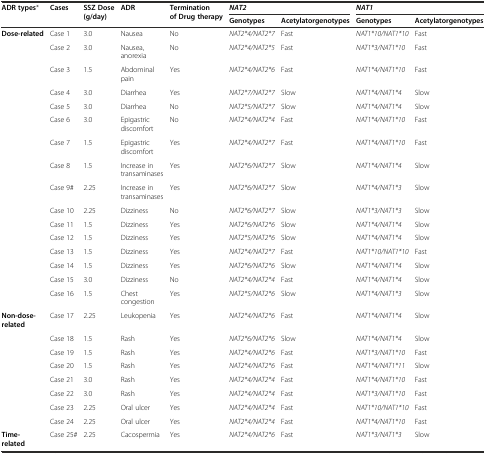
<table><thead><tr><td rowspan="2"><b>ADR types*</b></td><td rowspan="2"><b>Cases</b></td><td rowspan="2"><b>SSZ Dose (g/day)</b></td><td rowspan="2"><b>ADR</b></td><td rowspan="2"><b>Termination of Drug therapy</b></td><td colspan="2"><b><i>NAT2</i></b></td><td colspan="2"><b><i>NAT1</i></b></td></tr><tr><td><b>Genotypes</b></td><td><b>Acetylatorgenotypes</b></td><td><b>Genotypes</b></td><td><b>Acetylatorgenotypes</b></td></tr></thead><tbody><tr><td><b>Dose-related</b></td><td>Case 1</td><td>3.0</td><td>Nausea</td><td>No</td><td><i>NAT2*4/NAT2*7</i></td><td>Fast</td><td><i>NAT1*10/NAT1*10</i></td><td>Fast</td></tr><tr><td></td><td>Case 2</td><td>3.0</td><td>Nausea, anorexia</td><td>No</td><td><i>NAT2*4/NAT2*5</i></td><td>Fast</td><td><i>NAT1*3/NAT1*10</i></td><td>Fast</td></tr><tr><td></td><td>Case 3</td><td>1.5</td><td>Abdominal pain</td><td>Yes</td><td><i>NAT2*4/NAT2*6</i></td><td>Fast</td><td><i>NAT1*4/NAT1*10</i></td><td>Fast</td></tr><tr><td></td><td>Case 4</td><td>3.0</td><td>Diarrhea</td><td>Yes</td><td><i>NAT2*7/NAT2*7</i></td><td>Slow</td><td><i>NAT1*4/NAT1*4</i></td><td>Slow</td></tr><tr><td></td><td>Case 5</td><td>3.0</td><td>Diarrhea</td><td>No</td><td><i>NAT2*5/NAT2*7</i></td><td>Slow</td><td><i>NAT1*4/NAT1*4</i></td><td>Slow</td></tr><tr><td></td><td>Case 6</td><td>3.0</td><td>Epigastric discomfort</td><td>No</td><td><i>NAT2*4/NAT2*4</i></td><td>Fast</td><td><i>NAT1*4/NAT1*10</i></td><td>Fast</td></tr><tr><td></td><td>Case 7</td><td>1.5</td><td>Epigastric discomfort</td><td>Yes</td><td><i>NAT2*4/NAT2*7</i></td><td>Fast</td><td><i>NAT1*4/NAT1*10</i></td><td>Fast</td></tr><tr><td></td><td>Case 8</td><td>1.5</td><td>Increase in transaminases</td><td>Yes</td><td><i>NAT2*6/NAT2*7</i></td><td>Slow</td><td><i>NAT1*4/NAT1*4</i></td><td>Slow</td></tr><tr><td></td><td>Case 9#</td><td>2.25</td><td>Increase in transaminases</td><td>Yes</td><td><i>NAT2*6/NAT2*7</i></td><td>Slow</td><td><i>NAT1*4/NAT1*3</i></td><td>Slow</td></tr><tr><td></td><td>Case 10</td><td>2.25</td><td>Dizziness</td><td>No</td><td><i>NAT2*6/NAT2*7</i></td><td>Slow</td><td><i>NAT1*3/NAT1*3</i></td><td>Slow</td></tr><tr><td></td><td>Case 11</td><td>1.5</td><td>Dizziness</td><td>Yes</td><td><i>NAT2*6/NAT2*6</i></td><td>Slow</td><td><i>NAT1*4/NAT1*4</i></td><td>Slow</td></tr><tr><td></td><td>Case 12</td><td>1.5</td><td>Dizziness</td><td>Yes</td><td><i>NAT2*5/NAT2*6</i></td><td>Slow</td><td><i>NAT1*4/NAT1*4</i></td><td>Slow</td></tr><tr><td></td><td>Case 13</td><td>1.5</td><td>Dizziness</td><td>Yes</td><td><i>NAT2*4/NAT2*7</i></td><td>Fast</td><td><i>NAT1*10/NAT1*10</i></td><td>Fast</td></tr><tr><td></td><td>Case 14</td><td>1.5</td><td>Dizziness</td><td>Yes</td><td><i>NAT2*6/NAT2*6</i></td><td>Slow</td><td><i>NAT1*4/NAT1*4</i></td><td>Slow</td></tr><tr><td></td><td>Case 15</td><td>3.0</td><td>Dizziness</td><td>No</td><td><i>NAT2*4/NAT2*4</i></td><td>Fast</td><td><i>NAT1*4/NAT1*4</i></td><td>Slow</td></tr><tr><td></td><td>Case 16</td><td>1.5</td><td>Chest congestion</td><td>Yes</td><td><i>NAT2*5/NAT2*6</i></td><td>Slow</td><td><i>NAT1*4/NAT1*3</i></td><td>Slow</td></tr><tr><td><b>Non-dose-related</b></td><td>Case 17</td><td>2.25</td><td>Leukopenia</td><td>Yes</td><td><i>NAT2*4/NAT2*6</i></td><td>Fast</td><td><i>NAT1*4/NAT1*4</i></td><td>Slow</td></tr><tr><td></td><td>Case 18</td><td>1.5</td><td>Rash</td><td>Yes</td><td><i>NAT2*6/NAT2*6</i></td><td>Slow</td><td><i>NAT1*4/NAT1*4</i></td><td>Slow</td></tr><tr><td></td><td>Case 19</td><td>1.5</td><td>Rash</td><td>Yes</td><td><i>NAT2*4/NAT2*6</i></td><td>Fast</td><td><i>NAT1*3/NAT1*10</i></td><td>Fast</td></tr><tr><td></td><td>Case 20</td><td>1.5</td><td>Rash</td><td>Yes</td><td><i>NAT2*4/NAT2*6</i></td><td>Fast</td><td><i>NAT1*4/NAT1*11</i></td><td>Slow</td></tr><tr><td></td><td>Case 21</td><td>3.0</td><td>Rash</td><td>Yes</td><td><i>NAT2*4/NAT2*4</i></td><td>Fast</td><td><i>NAT1*4/NAT1*10</i></td><td>Fast</td></tr><tr><td></td><td>Case 22</td><td>3.0</td><td>Rash</td><td>Yes</td><td><i>NAT2*4/NAT2*4</i></td><td>Fast</td><td><i>NAT1*3/NAT1*10</i></td><td>Fast</td></tr><tr><td></td><td>Case 23</td><td>2.25</td><td>Oral ulcer</td><td>Yes</td><td><i>NAT2*4/NAT2*4</i></td><td>Fast</td><td><i>NAT1*10/NAT1*10</i></td><td>Fast</td></tr><tr><td></td><td>Case 24</td><td>2.25</td><td>Oral ulcer</td><td>Yes</td><td><i>NAT2*4/NAT2*4</i></td><td>Fast</td><td><i>NAT1*4/NAT1*10</i></td><td>Fast</td></tr><tr><td><b>Time-related</b></td><td>Case 25#</td><td>2.25</td><td>Cacospermia</td><td>Yes</td><td><i>NAT2*4/NAT2*6</i></td><td>Fast</td><td><i>NAT1*3/NAT1*3</i></td><td>Slow</td></tr></tbody></table>